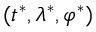
( t ^ { * } , \lambda ^ { * } , \varphi ^ { * } )